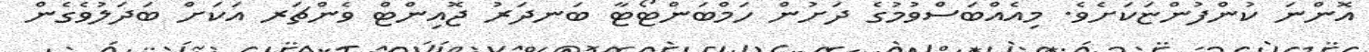
އޮންނަ ކުންފުންޏަކަށެވެ. މިއެއްބަސްވުމުގެ ދަށުން ހަމްބަންޓޯޓާ ބަނދަރު ޖޮއިންޓް ވެންޗަރ އަކަށް ބަދަލުވެގެން